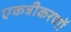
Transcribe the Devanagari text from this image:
एकत्रीकरणों